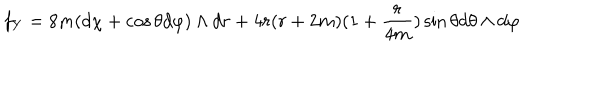
LaTeX: f _ { Y } = 8 m ( d \chi + \cos \theta d \varphi ) \wedge d r + 4 r ( r + 2 m ) ( 1 + \frac { r } { 4 m } ) \sin \theta d \theta \wedge d \varphi